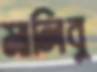
মালিবু